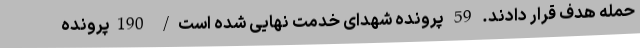
حمله هدف قرار دادند. 59 پرونده شهدای خدمت نهایی شده است/ 190پرونده